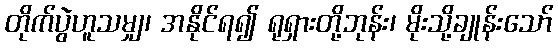
တိုက်ပွဲဟူသမျှ၊ အနိုင်ရ၍ ရုရှားတို့ဘုန်း၊ မိုးသို့ချုန်းသော်